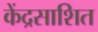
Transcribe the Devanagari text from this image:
केंद्रसाशित